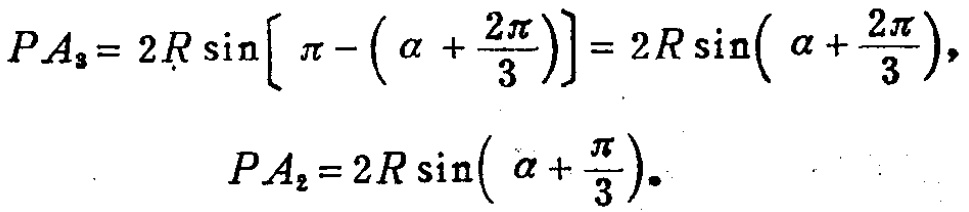
\[
\begin{align*}
PA_{3}&=2R\sin\left[\pi - \left(\alpha+\frac{2\pi}{3}\right)\right]=2R\sin\left(\alpha+\frac{2\pi}{3}\right),\\
PA_{2}&=2R\sin\left(\alpha+\frac{\pi}{3}\right).
\end{align*}
\]